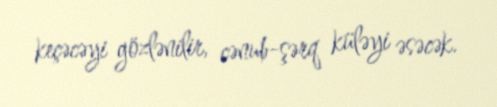
keçəcəyi gözlənilir, cənub-şərq küləyi əsəcək.